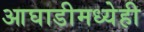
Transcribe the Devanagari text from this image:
आघाडीमध्येही